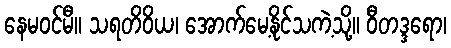
နေမဝင်မီ။ သရတိဝိယ၊ အောက်မေ့နိုင်သကဲ့သို့။ ဝီတဒ္ဒရော၊